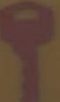
؟